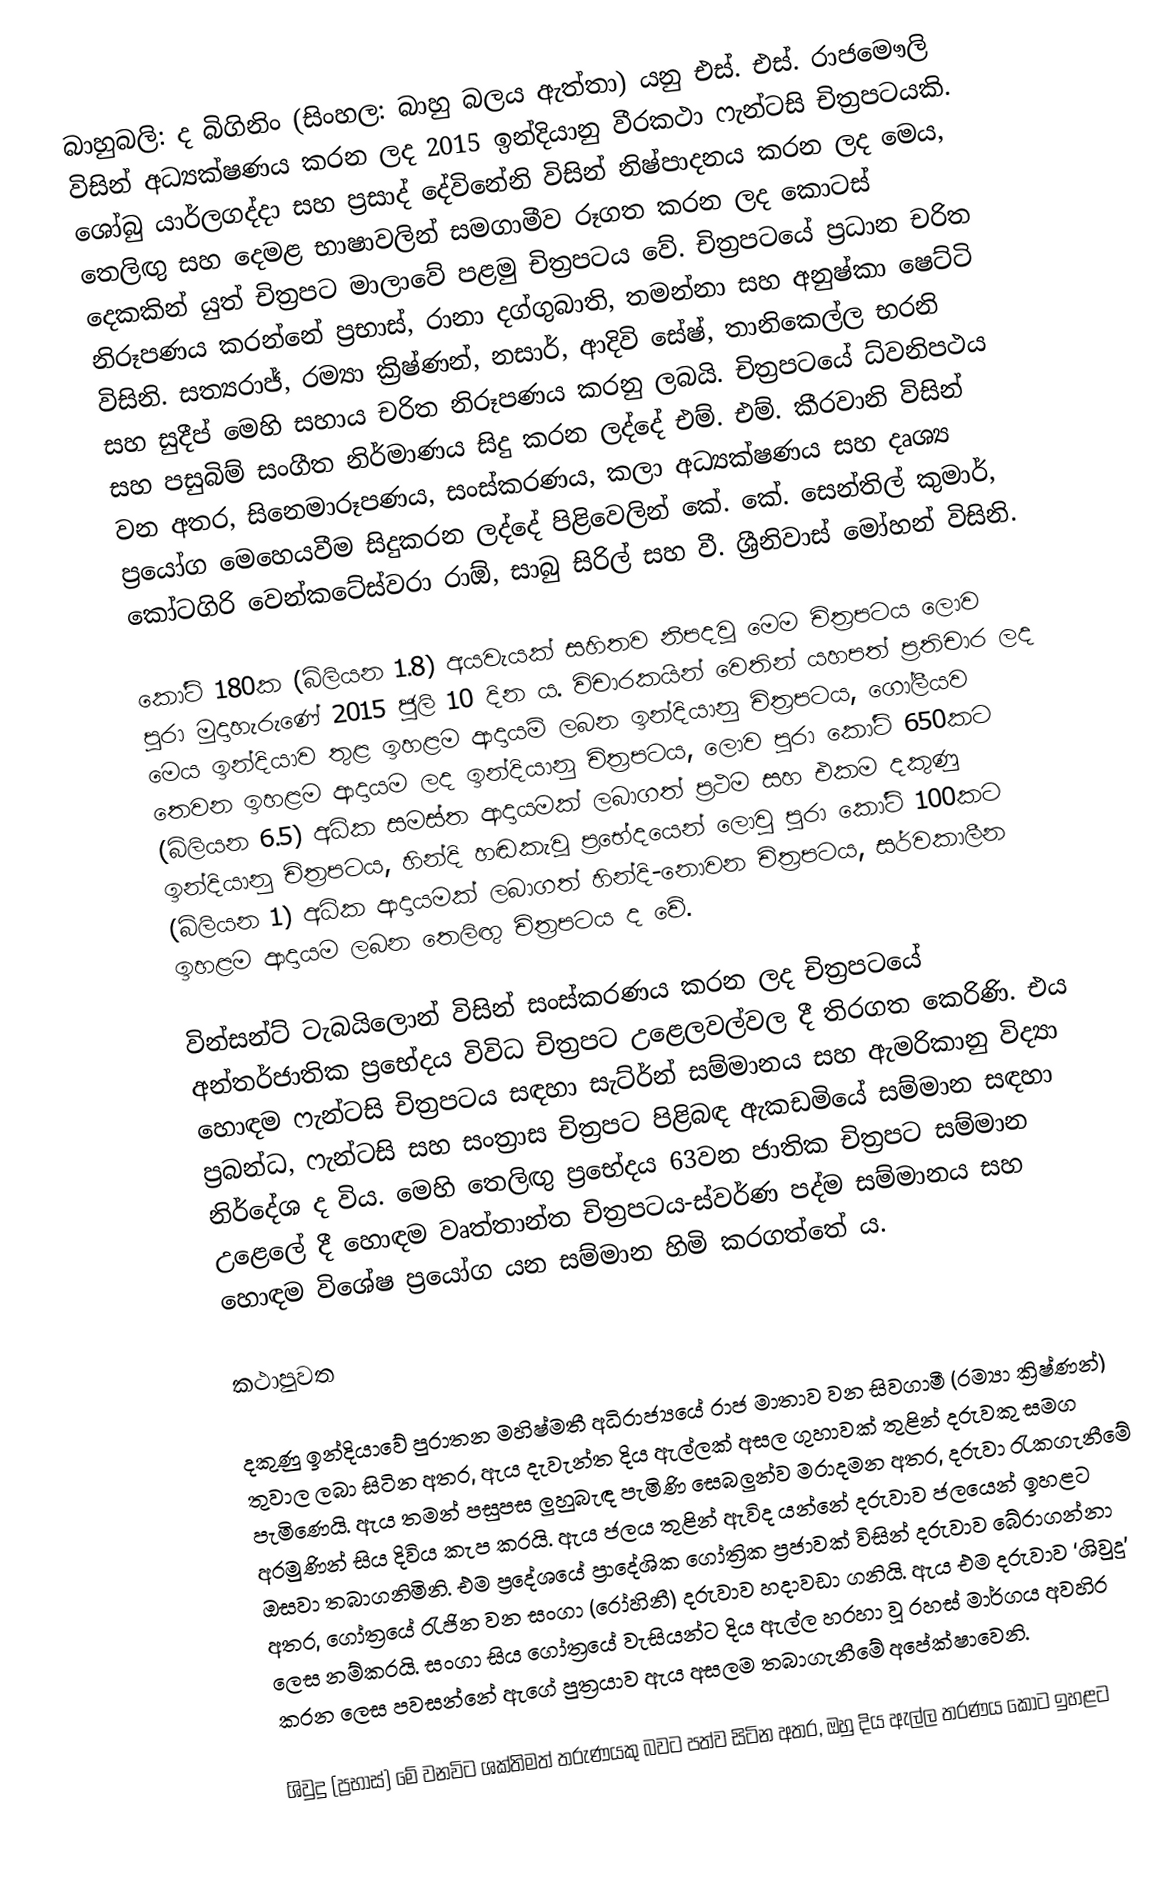
බාහුබලි: ද බිගිනිං (සිංහල: බාහු බලය ඇත්තා) යනු එස්. එස්. රාජමෞලි විසින් අධ්‍යක්ෂණය කරන ලද 2015 ඉන්දියානු වීරකථා ෆැන්ටසි චිත්‍රපටයකි. ශෝබු යාර්ලගද්දා සහ ප්‍රසාද් දේවිනේනි විසින් නිෂ්පාදනය කරන ලද මෙය, තෙලිඟු සහ දෙමළ භාෂාවලින් සමගාමීව රූගත කරන ලද කොටස් දෙකකින් යුත් චිත්‍රපට මාලාවේ පළමු චිත්‍රපටය වේ. චිත්‍රපටයේ ප්‍රධාන චරිත නිරූපණය කරන්නේ ප්‍රභාස්, රානා දග්ගුබාති, තමන්නා සහ අනුෂ්කා ෂෙට්ටි විසිනි. සත්‍යරාජ්, රම්‍යා ක්‍රිෂ්ණන්, නසාර්, ආදිවි සේෂ්, තානිකෙල්ල භරනි සහ සුදීප් මෙහි සහාය චරිත නිරූපණය කරනු ලබයි. චිත්‍රපටයේ ධ්වනිපථය සහ පසුබිම් සංගීත නිර්මාණය සිදු කරන ලද්දේ එම්. එම්. කීරවානි විසින් වන අතර, සිනෙමාරූපණය, සංස්කරණය, කලා අධ්‍යක්ෂණය සහ දෘශ්‍ය ප්‍රයෝග මෙහෙයවීම සිදුකරන ලද්දේ පිළිවෙලින් කේ. කේ. සෙන්තිල් කුමාර්, කෝටගිරි වෙන්කටේස්වරා රාඕ, සාබු සිරිල් සහ වී. ශ්‍රීනිවාස් මෝහන් විසිනි.

 කෝටි 180ක (බිලියන 1.8) අයවැයක් සහිතව නිපදවූ මෙම චිත්‍රපටය ලොව පුරා මුදාහැරුණේ 2015 ජූලි 10 දින ය. විචාරකයින් වෙතින් යහපත් ප්‍රතිචාර ලද මෙය ඉන්දියාව තුළ ඉහළම ආදායම් ලබන ඉන්දියානු චිත්‍රපටය, ගෝලීයව තෙවන ඉහළම ආදායම ලද ඉන්දියානු චිත්‍රපටය, ලොව පුරා  කෝටි 650කට (බිලියන 6.5) අධික සමස්ත ආදායමක් ලබාගත් ප්‍රථම සහ එකම දකුණු ඉන්දියානු චිත්‍රපටය, හින්දි හඬකැවූ ප්‍රභේදයෙන් ලොවු පුරා  කෝටි 100කට (බිලියන 1) අධික ආදායමක් ලබාගත් හින්දි-නොවන චිත්‍රපටය, සර්වකාලීන ඉහළම ආදායම ලබන තෙලිඟු චිත්‍රපටය ද වේ.

වින්සන්ට් ටැබයිලොන් විසින් සංස්කරණය කරන ලද චිත්‍රපටයේ අන්තර්ජාතික ප්‍රභේදය විවිධ චිත්‍රපට උළෙලවල්වල දී තිරගත කෙරිණි. එය හොඳම ෆැන්ටසි චිත්‍රපටය සඳහා සැට්ර්න් සම්මානය සහ ඇමරිකානු විද්‍යා ප්‍රබන්ධ, ෆැන්ටසි සහ සංත්‍රාස චිත්‍රපට පිළිබඳ ඇකඩමියේ සම්මාන සඳහා නිර්දේශ ද විය. මෙහි තෙලිඟු ප්‍රභේදය 63වන ජාතික චිත්‍රපට සම්මාන උළෙලේ දී හොඳම වෘත්තාන්ත චිත්‍රපටය-ස්වර්ණ පද්ම සම්මානය සහ හොඳම විශේෂ ප්‍රයෝග යන සම්මාන හිමි කරගත්තේ ය.

කථාපුවත

දකුණු ඉන්දියාවේ පුරාතන මහිෂ්මතී අධිරාජ්‍යයේ රාජ මාතාව වන සිවගාමී (රම්‍යා ක්‍රිෂ්ණන්) තුවාල ලබා සිටින අතර, ඇය දැවැන්ත දිය ඇල්ලක් අසල ගුහාවක් තුළින් දරුවකු සමග පැමිණෙයි. ඇය තමන් පසුපස ලුහුබැඳ පැමිණි සෙබලුන්ව මරාදමන අතර, දරුවා රැකගැනීමේ අරමුණින් සිය දිවිය කැප කරයි. ඇය ජලය තුළින් ඇවිද යන්නේ දරුවාව ජලයෙන් ඉහළට ඔසවා තබාගනිමිනි. එම ප්‍රදේශයේ ප්‍රාදේශික ගෝත්‍රික ප්‍රජාවක් විසින් දරුවාව බේරාගන්නා අතර, ගෝත්‍රයේ රැජින වන සංගා (රෝහිනී) දරුවාව හදාවඩා ගනියි. ඇය එම දරුවාව ‘ශිවුදු’ ලෙස නම්කරයි. සංගා සිය ගෝත්‍රයේ වැසියන්ට දිය ඇල්ල හරහා වූ රහස් මාර්ගය අවහිර කරන ලෙස පවසන්නේ ඇගේ පුත්‍රයාව ඇය අසලම තබාගැනීමේ අපේක්ෂාවෙනි.

ශිවුදු (ප්‍රභාස්) මේ වනවිට ශක්තිමත් තරුණයකු බවට පත්ව සිටින අතර, ඔහු දිය ඇල්ල තරණය කොට ඉහළට